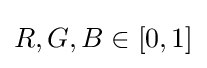
R,G,B\in [0,1]